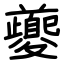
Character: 夔